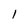
Character: l